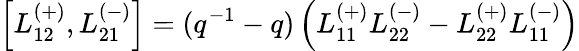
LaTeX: \left[L_{12}^{(+)},L_{21}^{(-)}\right]=(q^{-1}-q)\left(L_{11}^{(+)}L_{22}^{(-)}-L_{22}^{(+)}L_{11}^{(-)}\right)